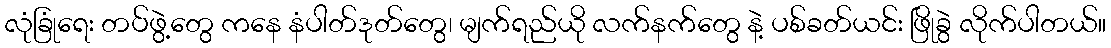
လုံခြုံရေး တပ်ဖွဲ့တွေ ကနေ နံပါတ်ဒုတ်တွေ၊ မျက်ရည်ယို လက်နက်တွေ နဲ့ ပစ်ခတ်ယင်း ဖြိုခွဲ လိုက်ပါတယ်။